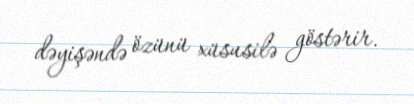
dəyişəndə özünü xüsusilə göstərir.